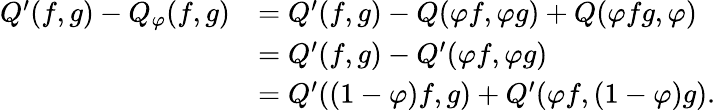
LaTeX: \begin{array}{rl}{Q^{\prime}(f,g)-Q_{\varphi}(f,g)}&{=Q^{\prime}(f,g)-Q(\varphi f,\varphi g)+Q(\varphi fg,\varphi)}\\ &{=Q^{\prime}(f,g)-Q^{\prime}(\varphi f,\varphi g)}\\ &{=Q^{\prime}((1-\varphi)f,g)+Q^{\prime}(\varphi f,(1-\varphi)g).}\end{array}